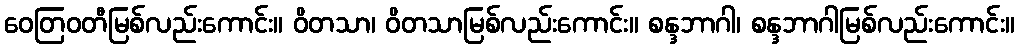
ဝေတြဝတီမြစ်လည်းကောင်း။ ဝိတသာ၊ ဝိတသာမြစ်လည်းကောင်း။ စန္ဒဘာဂါ၊ စန္ဒဘာဂါမြစ်လည်းကောင်း။